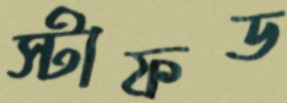
স্টাফড